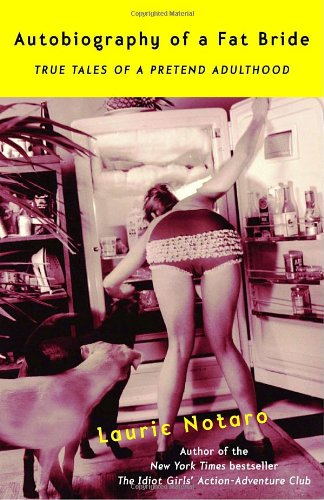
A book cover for Autobiography of a Fat Bride: True Tales of a Pretend Adulthood; Laurie Notaro; Humor & Entertainment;